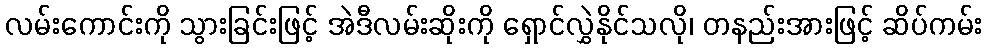
လမ်းကောင်းကို သွားခြင်းဖြင့် အဲဒီလမ်းဆိုးကို ရှောင်လွှဲနိုင်သလို၊ တနည်းအားဖြင့် ဆိပ်ကမ်း